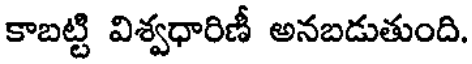
కాబట్టి విశ్వధారిణీ అనబడుతుంది.